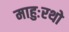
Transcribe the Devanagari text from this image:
माहुःरथो